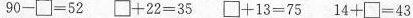
$$9 0 - \Box = 5 2$$ $$\Box + 2 2 = 3 5$$ $$\Box + 1 3 = 7 5$$ $$1 4 + \Box - 4 3$$